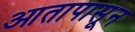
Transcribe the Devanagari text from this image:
आतापासून